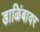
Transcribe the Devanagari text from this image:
डाळिंबावर